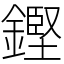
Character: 鏗